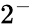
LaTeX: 2^{-}